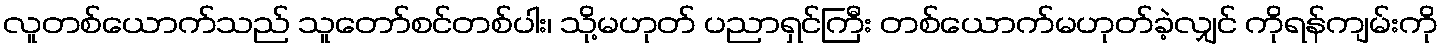
လူတစ်ယောက်သည် သူတော်စင်တစ်ပါး၊ သို့မဟုတ် ပညာရှင်ကြီး တစ်ယောက်မဟုတ်ခဲ့လျှင် ကိုရန်ကျမ်းကို